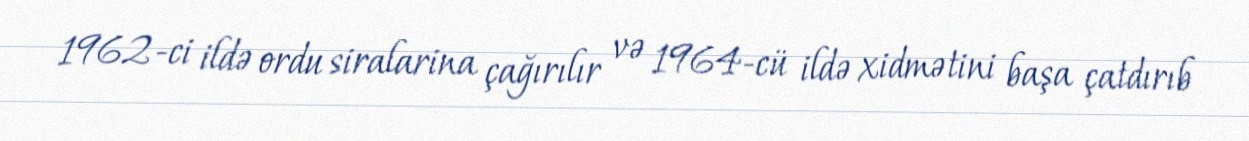
1962-ci ildə ordu siralarina çağırılır və 1964-cü ildə xidmətini başa çatdırıb